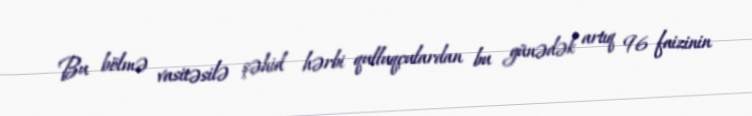
Bu bölmə vasitəsilə şəhid hərbi qulluqçulardan bu günədək artıq 96 faizinin